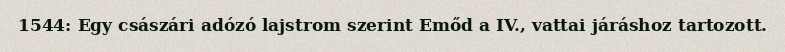
1544: Egy császári adózó lajstrom szerint Emőd a IV., vattai járáshoz tartozott.